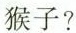
猴子?